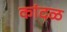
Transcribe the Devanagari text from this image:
कांदळ